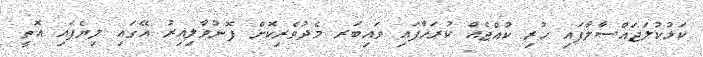
ކަޅުކުލަޖައްސާލާފައި ހުރި ކުއްޖެއް ކުރަހާފައި ވައިބަރ މެދުވެރިކޮށް ފޮނުވާލިއިރު އޭގައި ލިޔެފައި އޮތީ